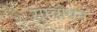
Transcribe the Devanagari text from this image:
सम्वोधन